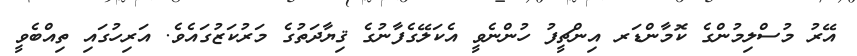
އޭރު މުސްލިމުންގެ ކޮމާންޑަރ އިންޗީފު ހުންނެވީ އެކަލޭގެފާނުގެ ޤިޔާދަތުގެ މަރުކަޒުގައެވެ. އަރިހުގައި ތިއްބެވީ